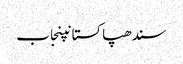
سندھپاکستانپنجاب